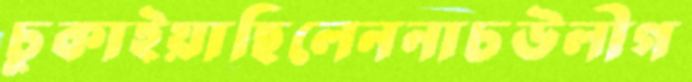
চুকাইয়াছিলেননাচউলীগ